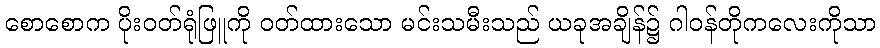
စောစောက ပိုးဝတ်ရုံဖြူကို ဝတ်ထားသော မင်းသမီးသည် ယခုအချိန်၌ ဂါဝန်တိုကလေးကိုသာ